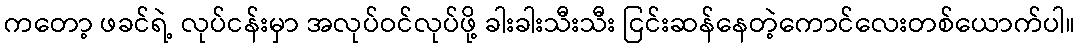
ကတော့ ဖခင်ရဲ့ လုပ်ငန်းမှာ အလုပ်ဝင်လုပ်ဖို့ ခါးခါးသီးသီး ငြင်းဆန်နေတဲ့ကောင်လေးတစ်ယောက်ပါ။